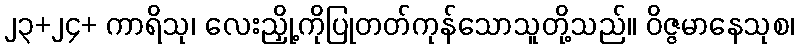
၂၃+၂၄+ ကာရိသု၊ လေးညှို့ကိုပြုတတ်ကုန်သောသူတို့သည်။ ဝိဇ္ဇမာနေသုစ၊